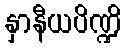
နှာနီယပိဏ္ဍိ